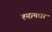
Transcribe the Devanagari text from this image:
श्यामधर